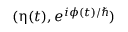
( \boldsymbol \upeta ( t ) , e ^ { i \phi ( t ) / \hbar } )